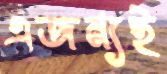
এজন্যই